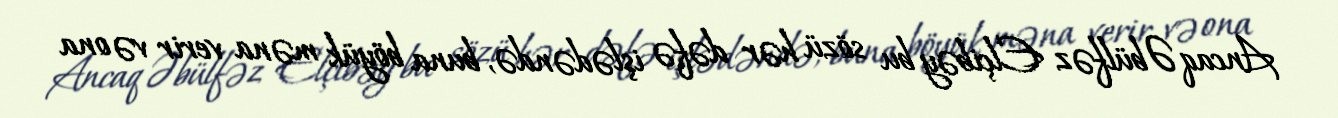
Ancaq Əbülfəz Elçibəy bu sözü hər dəfə işlədəndə, buna böyük məna verir və ona